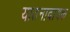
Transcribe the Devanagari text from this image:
यातनादायक